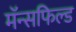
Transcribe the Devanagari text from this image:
मॅन्सफिल्ड